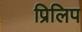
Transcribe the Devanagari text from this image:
प्रिलिप